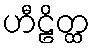
ဟီဠိတ္ထ